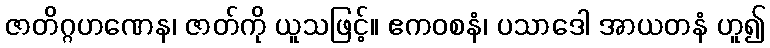
ဇာတိဂ္ဂဟဏေန၊ ဇာတ်ကို ယူသဖြင့်။ ဧကဝစနံ၊ ပသာဒေါ အာယတနံ ဟူ၍